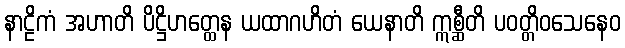
နာဠိကံ အဟာတိ ပိဋ္ဌိဟတ္ထေန ယထာဂဟိတံ ယေနာတိ ဣစ္ဆီတိ ပဝတ္တိဝသေနေဝ